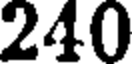
240